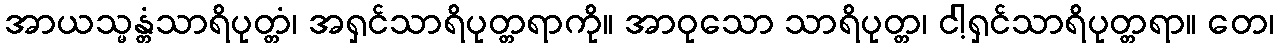
အာယသ္မန္တံသာရိပုတ္တံ၊ အရှင်သာရိပုတ္တရာကို။ အာဝုသော သာရိပုတ္တ၊ ငါ့ရှင်သာရိပုတ္တရာ။ တေ၊